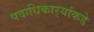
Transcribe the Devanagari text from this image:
पदाधिकार्‍यांकडे